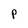
Character: p